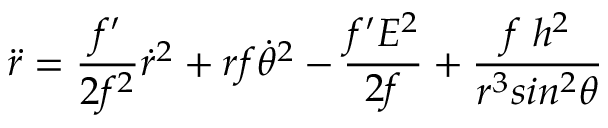
\ddot { r } = \frac { f ^ { \prime } } { 2 f ^ { 2 } } \dot { r } ^ { 2 } + r f \dot { \theta } ^ { 2 } - \frac { f ^ { \prime } E ^ { 2 } } { 2 f } + \frac { f \; h ^ { 2 } } { r ^ { 3 } s i n ^ { 2 } \theta }